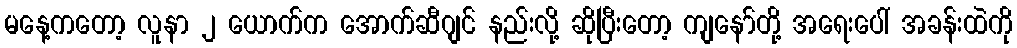
မနေ့ကတော့ လူနာ ၂ ယောက်က အောက်ဆီဂျင် နည်းလို့ ဆိုပြီးတော့ ကျနော်တို့ အရေးပေါ် အခန်းထဲကို